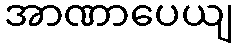
အာဏာပေယျ